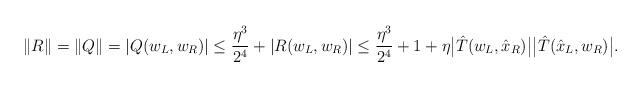
LaTeX: \begin{align*}\|R\|=\|Q\|=|Q(w_L,w_R)|\leq \frac{\eta^3}{2^4} +|R(w_L,w_R)|\leq \frac{\eta^3}{2^4} + 1 + \eta \bigl|\hat{T}(w_L,\hat{x}_R)\bigr| \bigl|\hat{T}(\hat{x}_L,w_R)\bigr|.\end{align*}